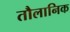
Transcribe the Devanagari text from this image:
तौलानिक